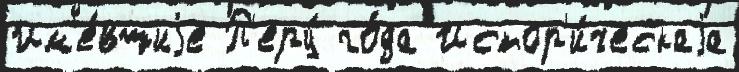
Им'е́вшиjе П'еру́ го́да Истор'и́ческаjа